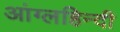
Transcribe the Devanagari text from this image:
आंग्लहिन्दी